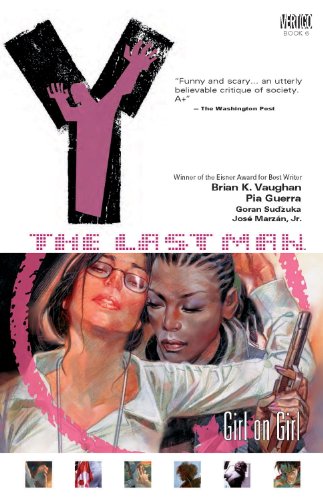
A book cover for Y: The Last Man, Vol. 6: Girl on Girl; Brian K. Vaughan; Comics & Graphic Novels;